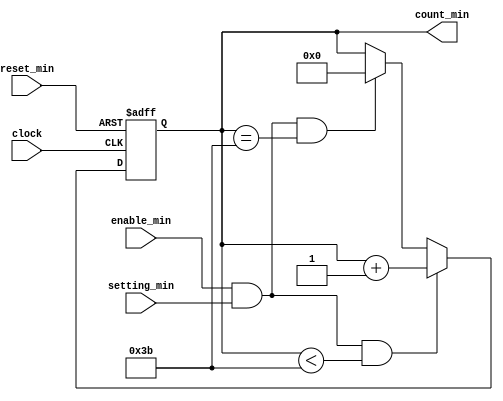
`timescale 1ns / 1ps
//////////////////////////////////////////////////////////////////////////////////
// Company: 
// Engineer: 
// 
// Design Name: 
// Module Name: alarm_min
// Project Name: 
// Target Devices: 
// Tool Versions: 
// Description: 
// 
// Dependencies: 
// 
// Revision:
// Revision 0.01 - File Created
// Additional Comments:
// 
//////////////////////////////////////////////////////////////////////////////////


module alarm_min(                 // alarm_clock_min module
 
    input clock,                  // clock from FPGA (50MHz) through Frequency Divider : ( 50MHz ) / ( 2^24) = 2.98 Hz
    input reset_min,
    input enable_min,    
	input setting_min,            // press FPGA buttom to trigger loading min data       
    //input [5:0] data_sec,
    output reg [5:0]count_min     // output min 6'd0 ~ 6'b59
    //output [5:0]count_sec1,
    //reg [5:0] count_sec1,
    //output carry_sec,
    //reg  carry_sec,
    //output carry_sec1,
    //reg  carry_sec1
);	 

    always @ (posedge clock or posedge reset_min )
        begin
            if (reset_min) begin
                count_min<=6'b000000;
                //carry_sec<=1'b0;
            end	
            			
        else if (enable_min && setting_min && count_min<6'd59 )    //  press buttom :  min +1
            begin
                count_min<=count_min+1;	
            end
            
        else if (enable_min && setting_min && count_min==6'd59 )   // press buttom: min +1 = 59 -> 00
            begin
                count_min<=6'b000000;	
            end	
        end		
endmodule